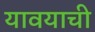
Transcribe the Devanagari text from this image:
यावयाची